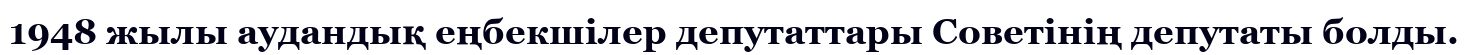
1948 жылы аудандық еңбекшілер депутаттары Советінің депутаты болды.